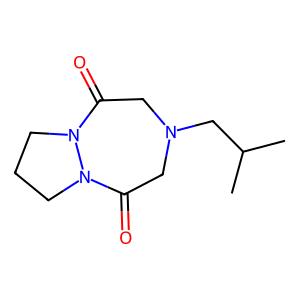
SMILES: CC(C)CN1CC(=O)N2CCCN2C(=O)C1
Inhibits HIV replication: No